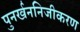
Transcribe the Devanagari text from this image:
पुनर्खननिजीकरण